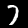
Label: 7